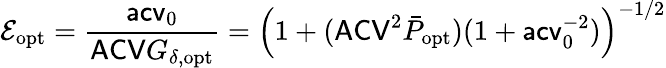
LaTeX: \mathcal E_{\mathrm{opt}}=\frac{\mathsf{acv}_{0}}{\mathsf{ACV}G_{\delta,\mathrm{opt}}}=\left(1+(\mathsf{ACV}^{2}\bar{P}_{\mathrm{opt}})(1+\mathsf{acv}_{0}^{-2})\right)^{-1/2}